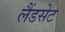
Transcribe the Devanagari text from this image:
लैंडसेट